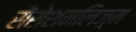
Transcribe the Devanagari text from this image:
सेंसेशनलिज़्म